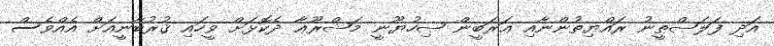
އަދި ފަލަޞްޠީނު ރައްޔިތުންނާއި ޢަރަބީން ޞިހުޔޫނީ މަޝްރޫޢާ ދެކޮޅަށް ވީހައި ޤުރުބާނީއަށް އެއްވެސް